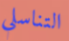
التناسلي